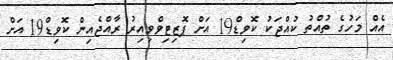
އެއް މަހުގެ ތުއްތު ކުއްޖަކު ކޮވިޑް19 އަށް ޕޮޒިޓިވްވިއިރު ރާއްޖެއިން ކޮވިޑް19 އަށް